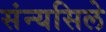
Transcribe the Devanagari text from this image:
संन्यसिले